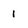
Character: 1